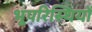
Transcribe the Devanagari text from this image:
भूपरिस्थियों